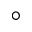
^ \circ